Insane asylums in Bengal annual reports 1876-1887 - 1876-1887
Year: 1876
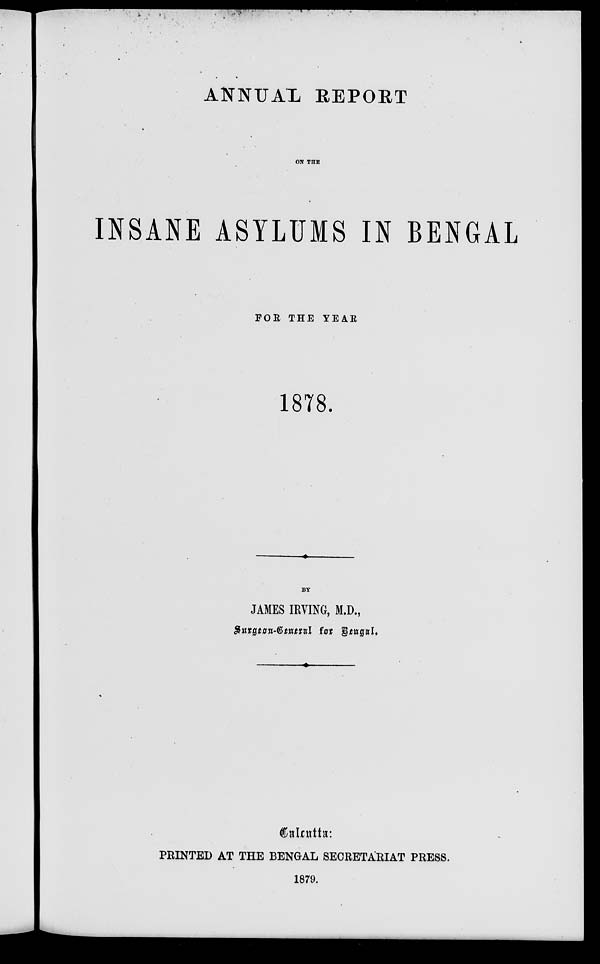
ANNUAL REPORT
ON THE
INSANE ASYLUMS IN BENGAL
FOR THE YEAR
1878.
BY
JAMES IRVING, M.D.,
Surgeon-General for Bengal.
Calcutta:
PRINTED AT THE BENGAL SECRETARIAT PRESS.
1879.